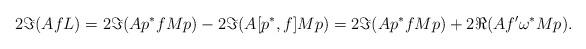
LaTeX: \begin{align*}2\Im(AfL) &= 2\Im(Ap^*fMp) - 2 \Im(A[p^*,f]Mp) = 2\Im(Ap^*fMp) + 2 \Re(Af' \omega^*Mp).\end{align*}